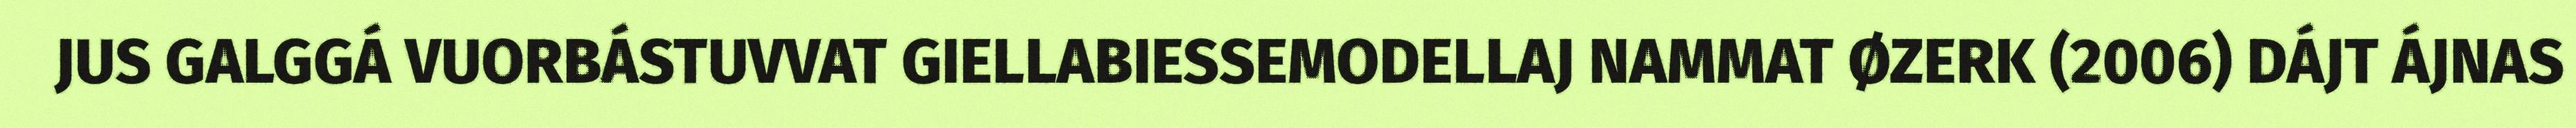
JUS GALGGÁ VUORBÁSTUVVAT GIELLABIESSEMODELLAJ NAMMAT ØZERK (2006) DÁJT ÁJNAS